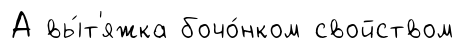
А вы́т'яжка бочо́нком свойством